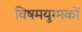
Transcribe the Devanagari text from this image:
विषमयुग्मकों